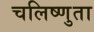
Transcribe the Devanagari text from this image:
चलिष्णुता